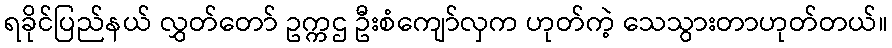
ရခိုင်ပြည်နယ် လွှတ်တော် ဥက္ကဌ ဦးစံကျော်လှက ဟုတ်ကဲ့ သေသွားတာဟုတ်တယ်။